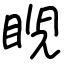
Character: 𥆩